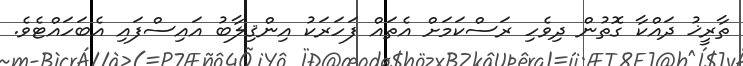
ތާރީޚު ދައްކާ ގޮތުން ދިވެހި ރަސްކަމަށް އެތައް ފަހަރަކު އިންޤިލާބު އައިސްފައި އެބަހައްޓެވެ.